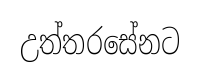
උත්තරසේනට